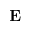
{ \bf E }